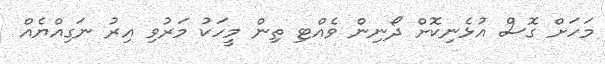
މަހަށް ގޮސް އުޅެނިކޮށް ދޯނިން ވެއްޓި ތިން މީހަކު މަރުވި އިރު ނަގިއްޔެއް